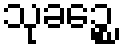
သုခဉ္စေ